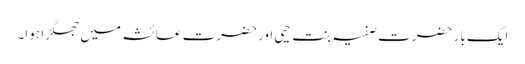
ایک بار حضرت صفیہ بنت حیی اور حضرت عائشہ میں جھگڑا ہوا۔